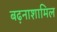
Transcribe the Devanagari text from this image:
बढ़नाशामिल